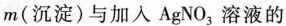
m(沉淀)与加入AgNO_{3}溶液的